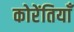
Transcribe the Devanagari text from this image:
कोरेंतियाँ